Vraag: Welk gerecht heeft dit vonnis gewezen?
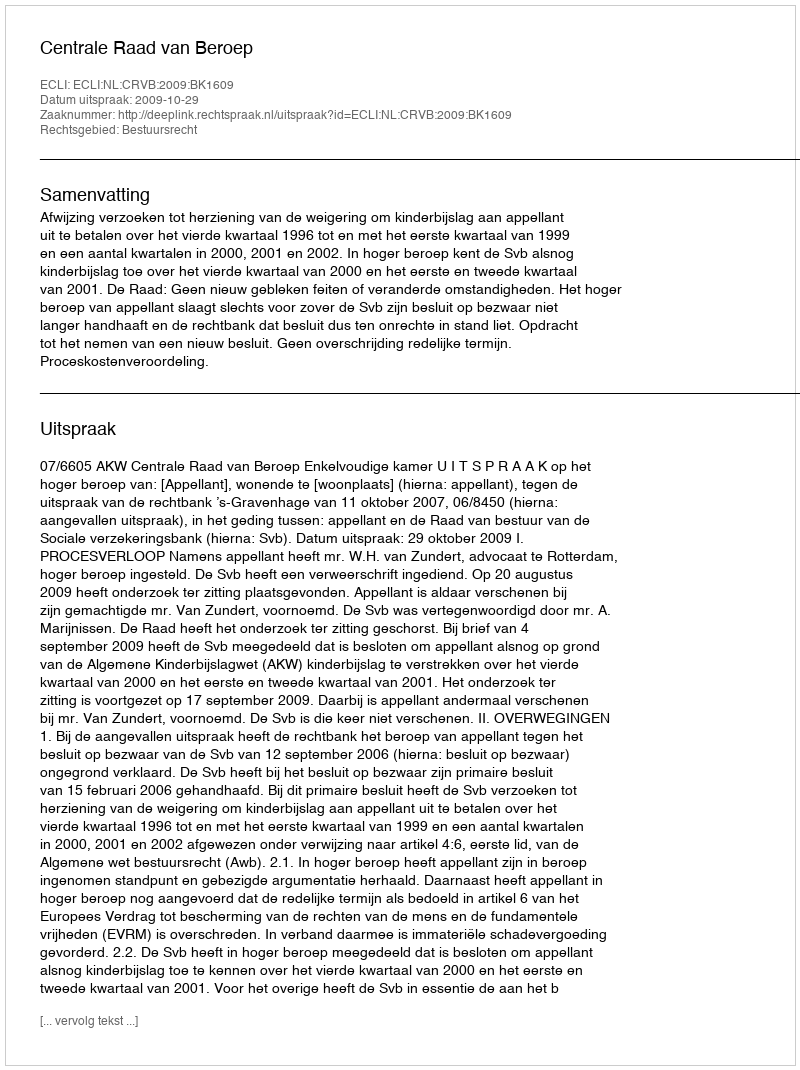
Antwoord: Centrale Raad van Beroep